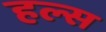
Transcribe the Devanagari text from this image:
हल्स